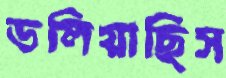
ডলিয়াছিস